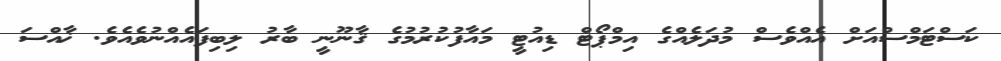
ކަސްޓަމްސްއަށް އެއްވެސް މުދަލެއްގެ އިމްޕޯޓް ޑިއުޓީ މައާފުކުރުމުގެ ޤާނޫނީ ބާރު ލިބިފައެއްނުވެއެވެ. ޚާއްސަ